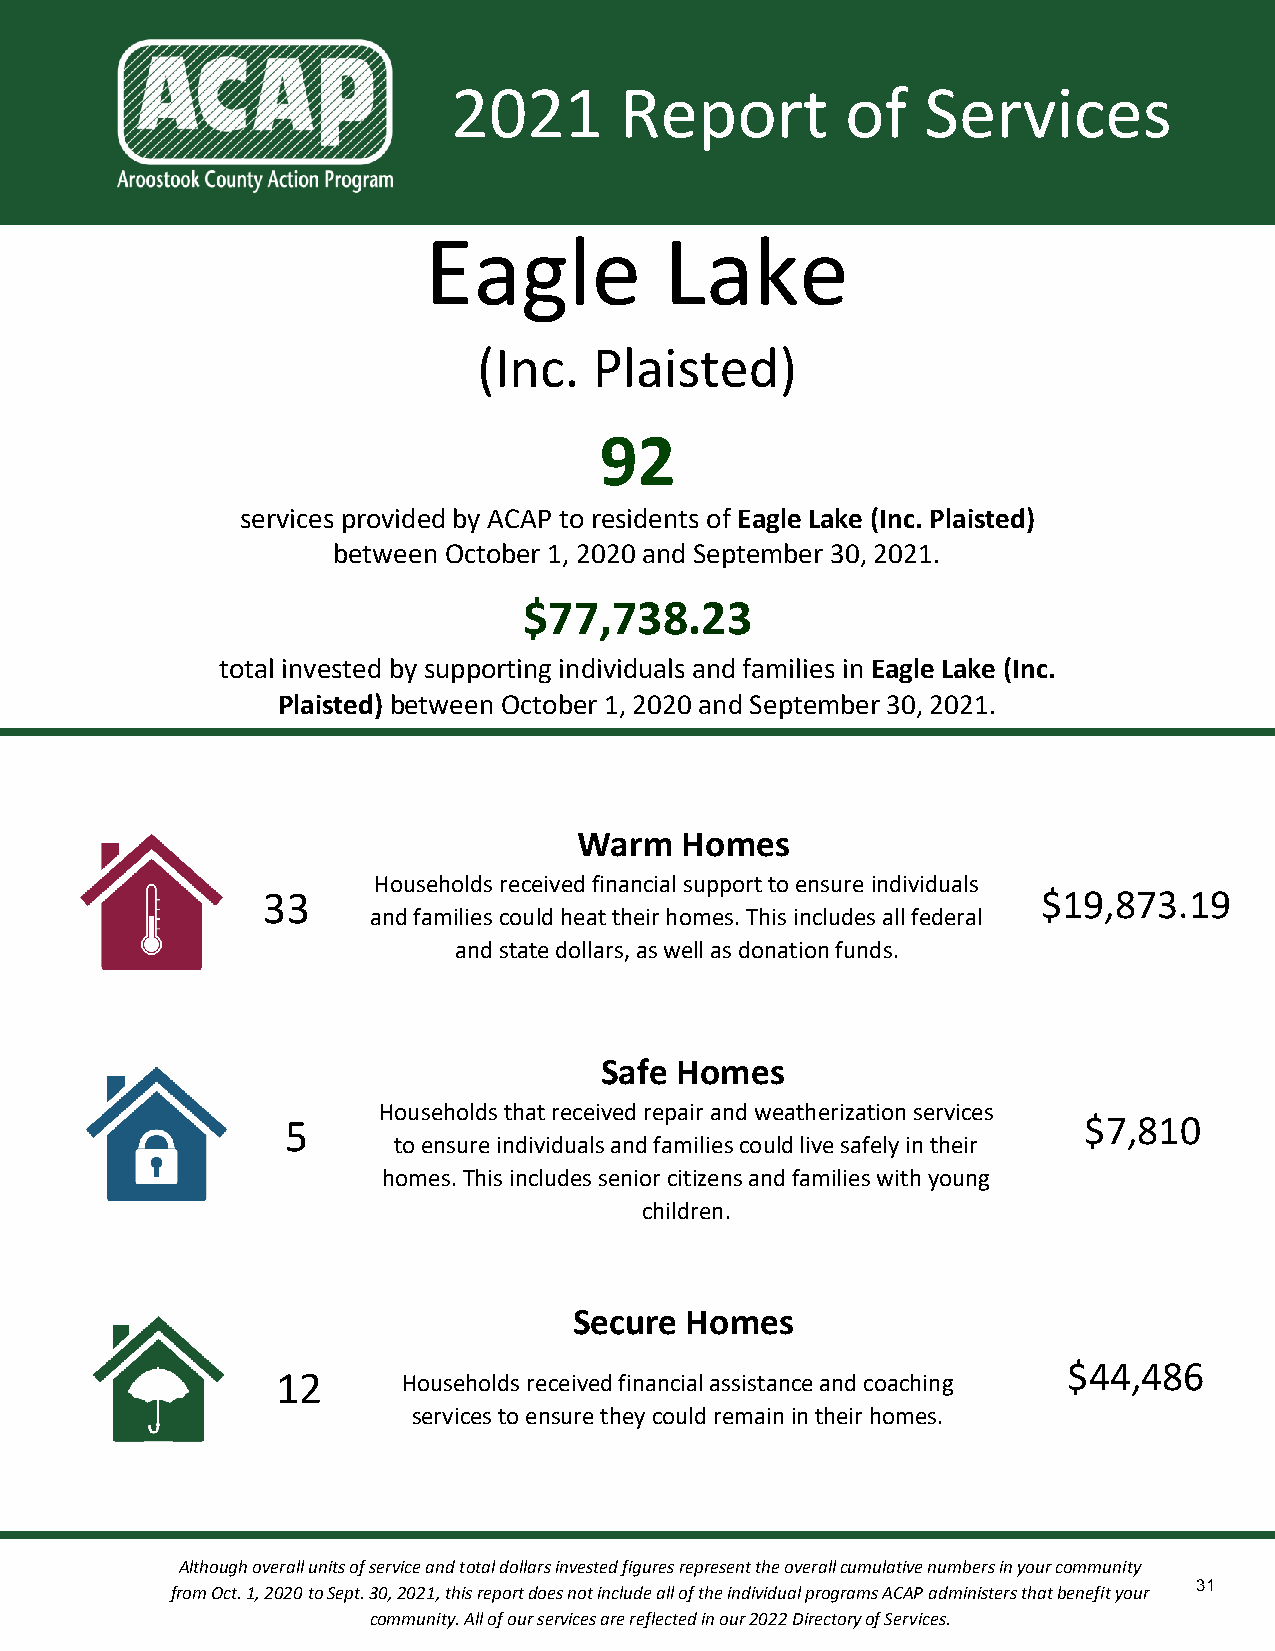
2021       Report         of   Services
 Eagle           Lake
 (Inc.  Plaisted)
 92
 services provided by ACAP to residents of Eagle Lake (Inc. Plaisted)
 between October 1, 2020 and September 30, 2021.
 $77,738.23
 total invested by supporting individuals and families in Eagle Lake (Inc.
 Plaisted) between October 1, 2020 and September 30, 2021.
 Warm   Homes
 Households received financial support to ensure individuals
 33                                                  $19,873.19
 and families could heat their homes. This includes all federal
 and state dollars, as well as donation funds.
 Safe Homes
 Households that received repair and weatherization services
 5                                                    $7,810
 to ensure individuals and families could live safely in their
 homes. This includes senior citizens and families with young
 children.
 Secure Homes
 $44,486
 12       Households received financial assistance and coaching
 services to ensure they could remain in their homes.
 Although overall units of service and total dollars invested figures represent the overall cumulative numbers in your community
 31
 from Oct. 1, 2020 to Sept. 30, 2021, this report does not include all of the individual programs ACAP administers that benefit your
 community. All of our services are reflected in our 2022 Directory of Services.